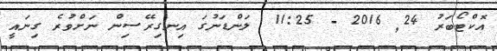
އޮކްޓޯބަރު 24